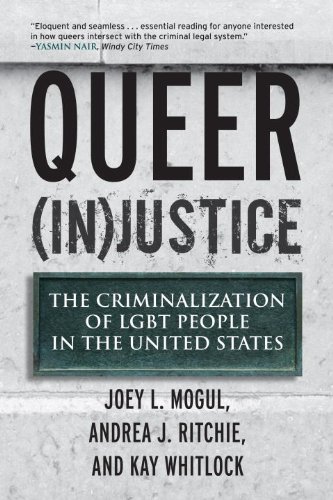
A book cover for Queer (In)Justice: The Criminalization of LGBT People in the United States (Queer Ideas/Queer Action); Joey L. Mogul; Gay & Lesbian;